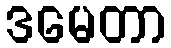
ဒမေတာ